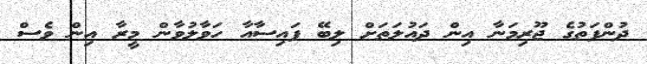
ދުންފަތުގެ ޖޫރިމަނާ އިން ދައުލަތަށް ލިބޭ ފައިސާއާ ހަވާލުވާން މީރާ އިން ވެސް